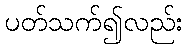
ပတ်သက်၍လည်း